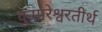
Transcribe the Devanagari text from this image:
कुमारेश्वरतीर्थ